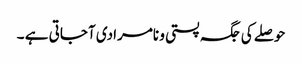
حوصلے کی جگہ پستی و نامرادی آجاتی ہے ۔